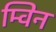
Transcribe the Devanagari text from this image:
म्विन